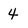
Character: 4